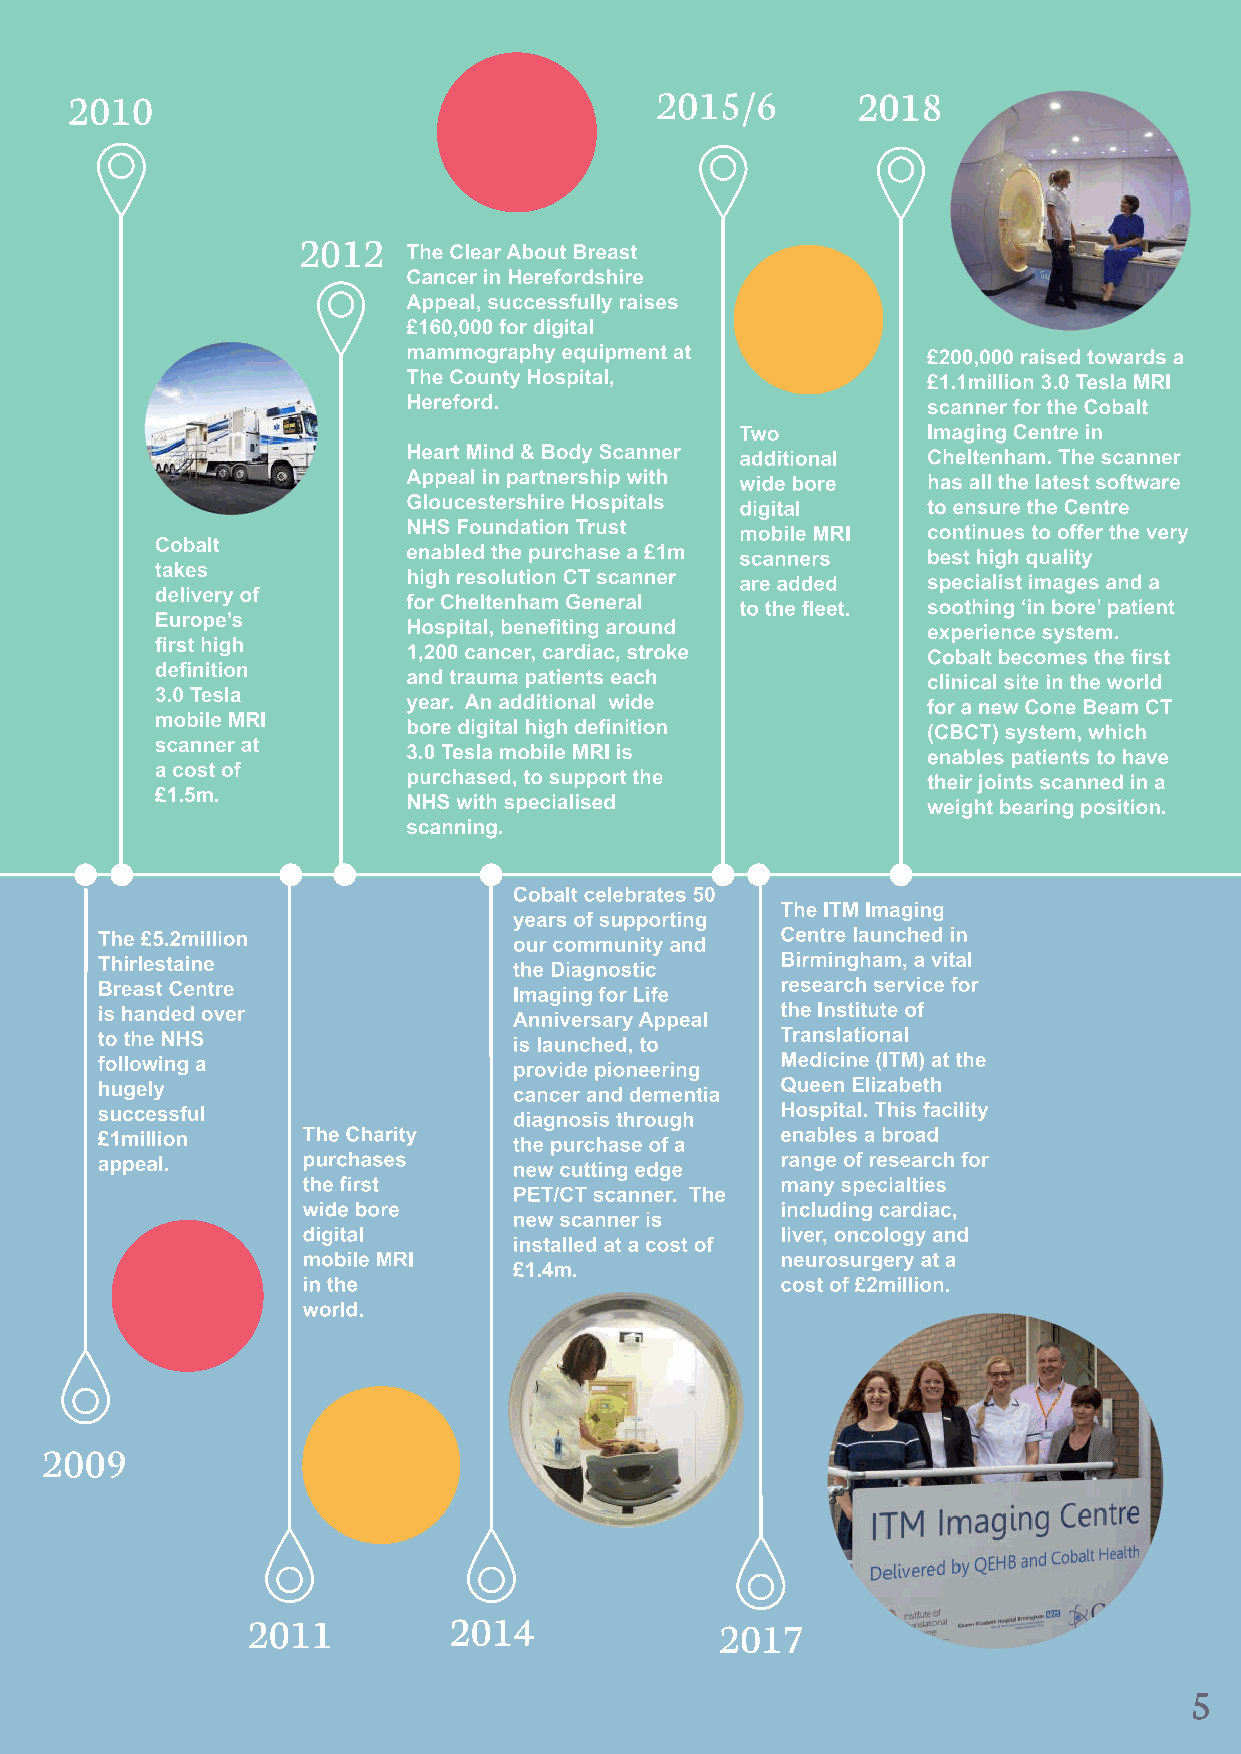
2012
 5